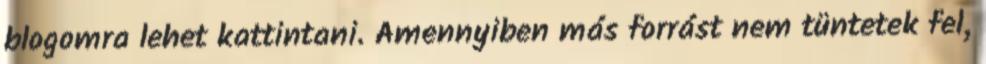
blogomra lehet kattintani. Amennyiben más forrást nem tüntetek fel,